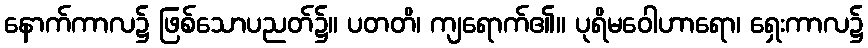
နောက်ကာလ၌ ဖြစ်သောပညတ်၌။ ပတတိ၊ ကျရောက်၏။ ပုရိမဝေါဟာရော၊ ရှေးကာလ၌